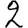
Digit: 2